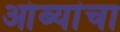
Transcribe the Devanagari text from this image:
आंब्यांचा